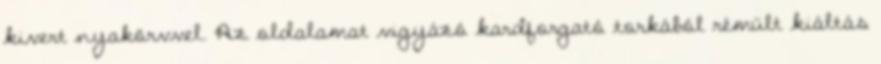
kivert nyakörvvel. Az oldalamat vigyázó kardforgató torkából rémült kiáltás